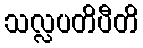
သလ္လပတိပီတိ